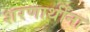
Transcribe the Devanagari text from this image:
शरणार्थींना